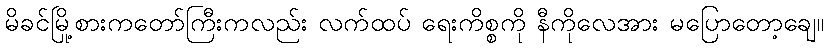
မိခင်မြို့စားကတော်ကြီးကလည်း လက်ထပ် ရေးကိစ္စကို နီကိုလေအား မပြောတော့ချေ။